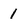
Character: 1